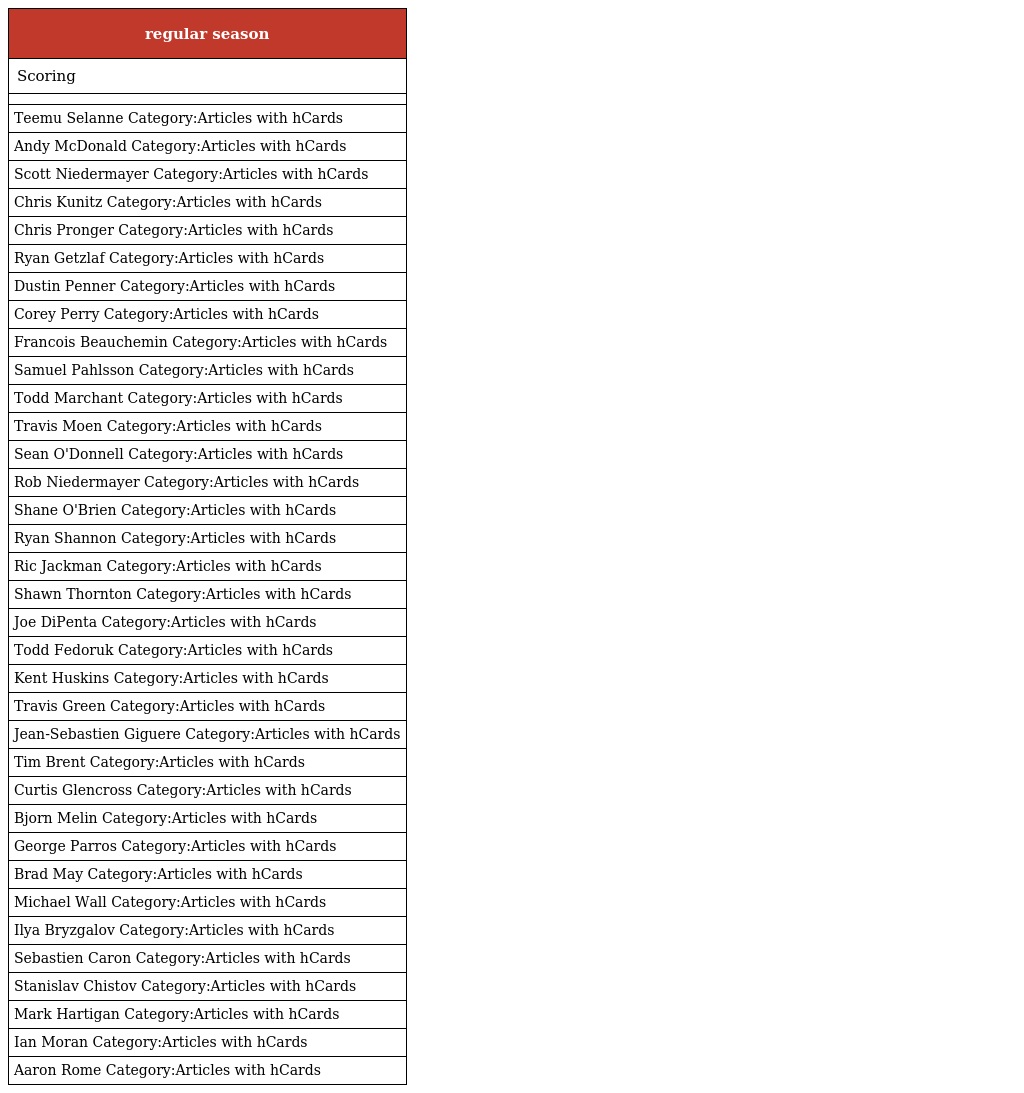
| regular season |
 | --- |
 | Scoring |
 |  |
 | Teemu Selanne Category:Articles with hCards |
 | Andy McDonald Category:Articles with hCards |
 | Scott Niedermayer Category:Articles with hCards |
 | Chris Kunitz Category:Articles with hCards |
 | Chris Pronger Category:Articles with hCards |
 | Ryan Getzlaf Category:Articles with hCards |
 | Dustin Penner Category:Articles with hCards |
 | Corey Perry Category:Articles with hCards |
 | Francois Beauchemin Category:Articles with hCards |
 | Samuel Pahlsson Category:Articles with hCards |
 | Todd Marchant Category:Articles with hCards |
 | Travis Moen Category:Articles with hCards |
 | Sean O'Donnell Category:Articles with hCards |
 | Rob Niedermayer Category:Articles with hCards |
 | Shane O'Brien Category:Articles with hCards |
 | Ryan Shannon Category:Articles with hCards |
 | Ric Jackman Category:Articles with hCards |
 | Shawn Thornton Category:Articles with hCards |
 | Joe DiPenta Category:Articles with hCards |
 | Todd Fedoruk Category:Articles with hCards |
 | Kent Huskins Category:Articles with hCards |
 | Travis Green Category:Articles with hCards |
 | Jean-Sebastien Giguere Category:Articles with hCards |
 | Tim Brent Category:Articles with hCards |
 | Curtis Glencross Category:Articles with hCards |
 | Bjorn Melin Category:Articles with hCards |
 | George Parros Category:Articles with hCards |
 | Brad May Category:Articles with hCards |
 | Michael Wall Category:Articles with hCards |
 | Ilya Bryzgalov Category:Articles with hCards |
 | Sebastien Caron Category:Articles with hCards |
 | Stanislav Chistov Category:Articles with hCards |
 | Mark Hartigan Category:Articles with hCards |
 | Ian Moran Category:Articles with hCards |
 | Aaron Rome Category:Articles with hCards |